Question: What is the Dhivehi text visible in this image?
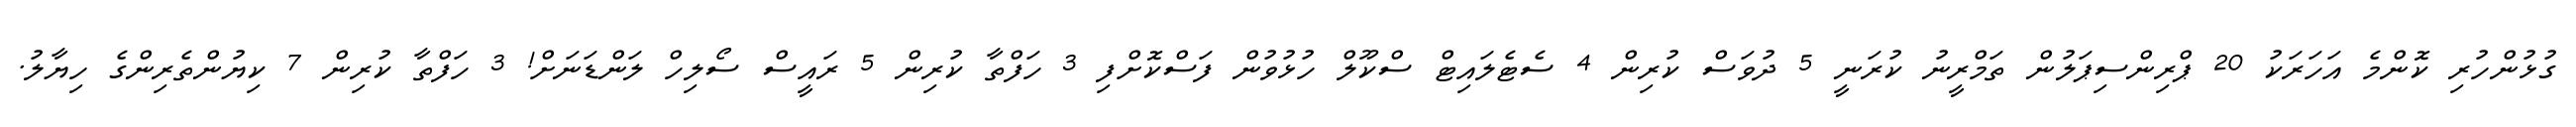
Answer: ގުޅުންހުރި ކޮންމެ އަހަރަކު 20 ޕްރިންސިޕަލުން ތަމްރީނު ކުރަނީ 5 ދުވަސް ކުރިން 4 ސެޓެލައިޓް ސްކޫލް ހުޅުވުން ފަސްކޮށްފި 3 ހަފްތާ ކުރިން 5 ރައީސް ސޯލިހް ލަންޑަނަށް! 3 ހަފްތާ ކުރިން 7 ކިޔުންތެރިންގެ ހިޔާލު.